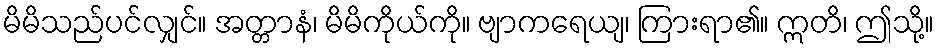
မိမိသည်ပင်လျှင်။ အတ္တာနံ၊ မိမိကိုယ်ကို။ ဗျာကရေယျ၊ ကြားရာ၏။ ဣတိ၊ ဤသို့။